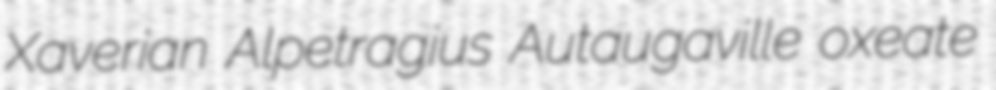
Xaverian Alpetragius Autaugaville oxeate